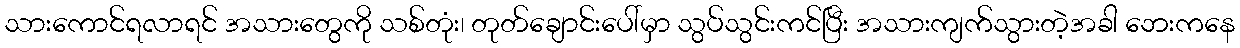
သားကောင်ရလာရင် အသားတွေကို သစ်တုံး၊ တုတ်ချောင်းပေါ်မှာ သွပ်သွင်းကင်ပြီး အသားကျက်သွားတဲ့အခါ ဘေးကနေ